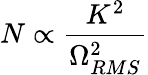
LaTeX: N\propto\frac{K^{2}}{\Omega_{RMS}^{2}}